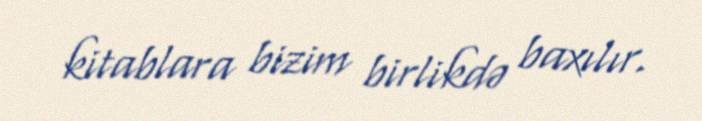
kitablara bizim birlikdə baxılır.